Annual report of the Imperial Bacteriological Laboratory, Muktesar
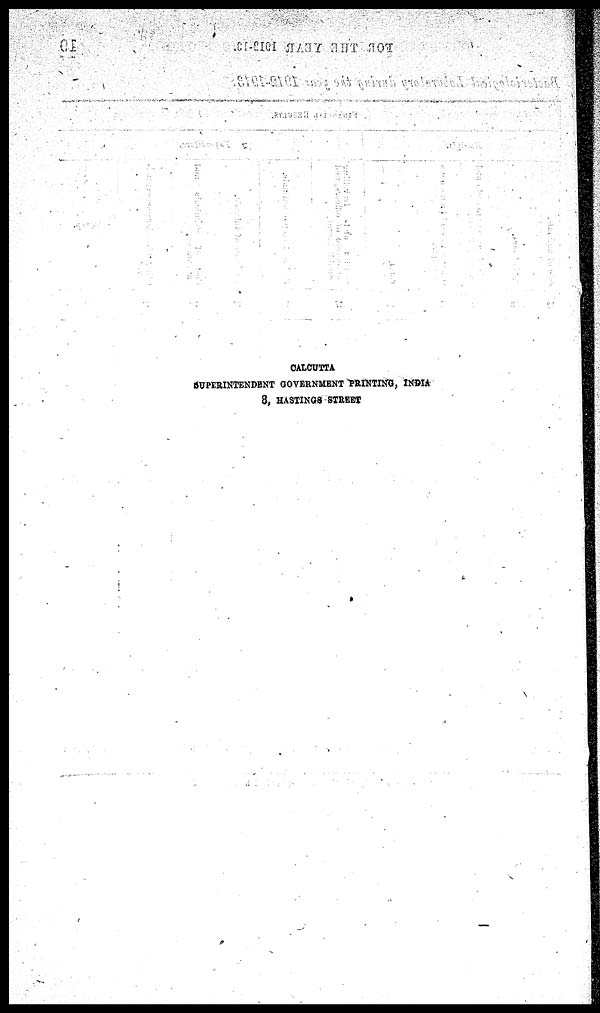
CALCUTTA
SUPERINTENDENT GOVERNMENT PRINTING, INDIA
8. HASTINGS STREET